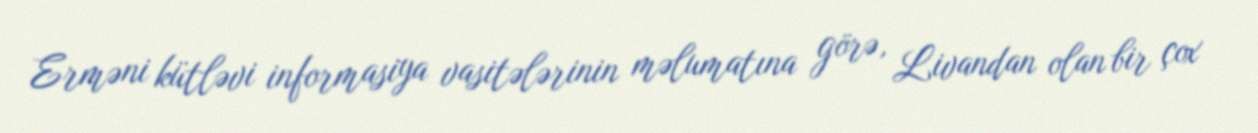
Erməni kütləvi informasiya vasitələrinin məlumatına görə, Livandan olan bir çox